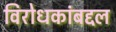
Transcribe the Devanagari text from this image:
विरोधकांबद्दल